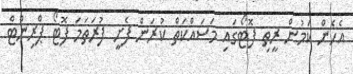
އެހެން ކަމުން ރީތި ފޮޓޯގައި މަސައްކަތް ކުރަން ފެށީ ފުރަތަމަ ފޮޓޯ ޕްރިންޓް